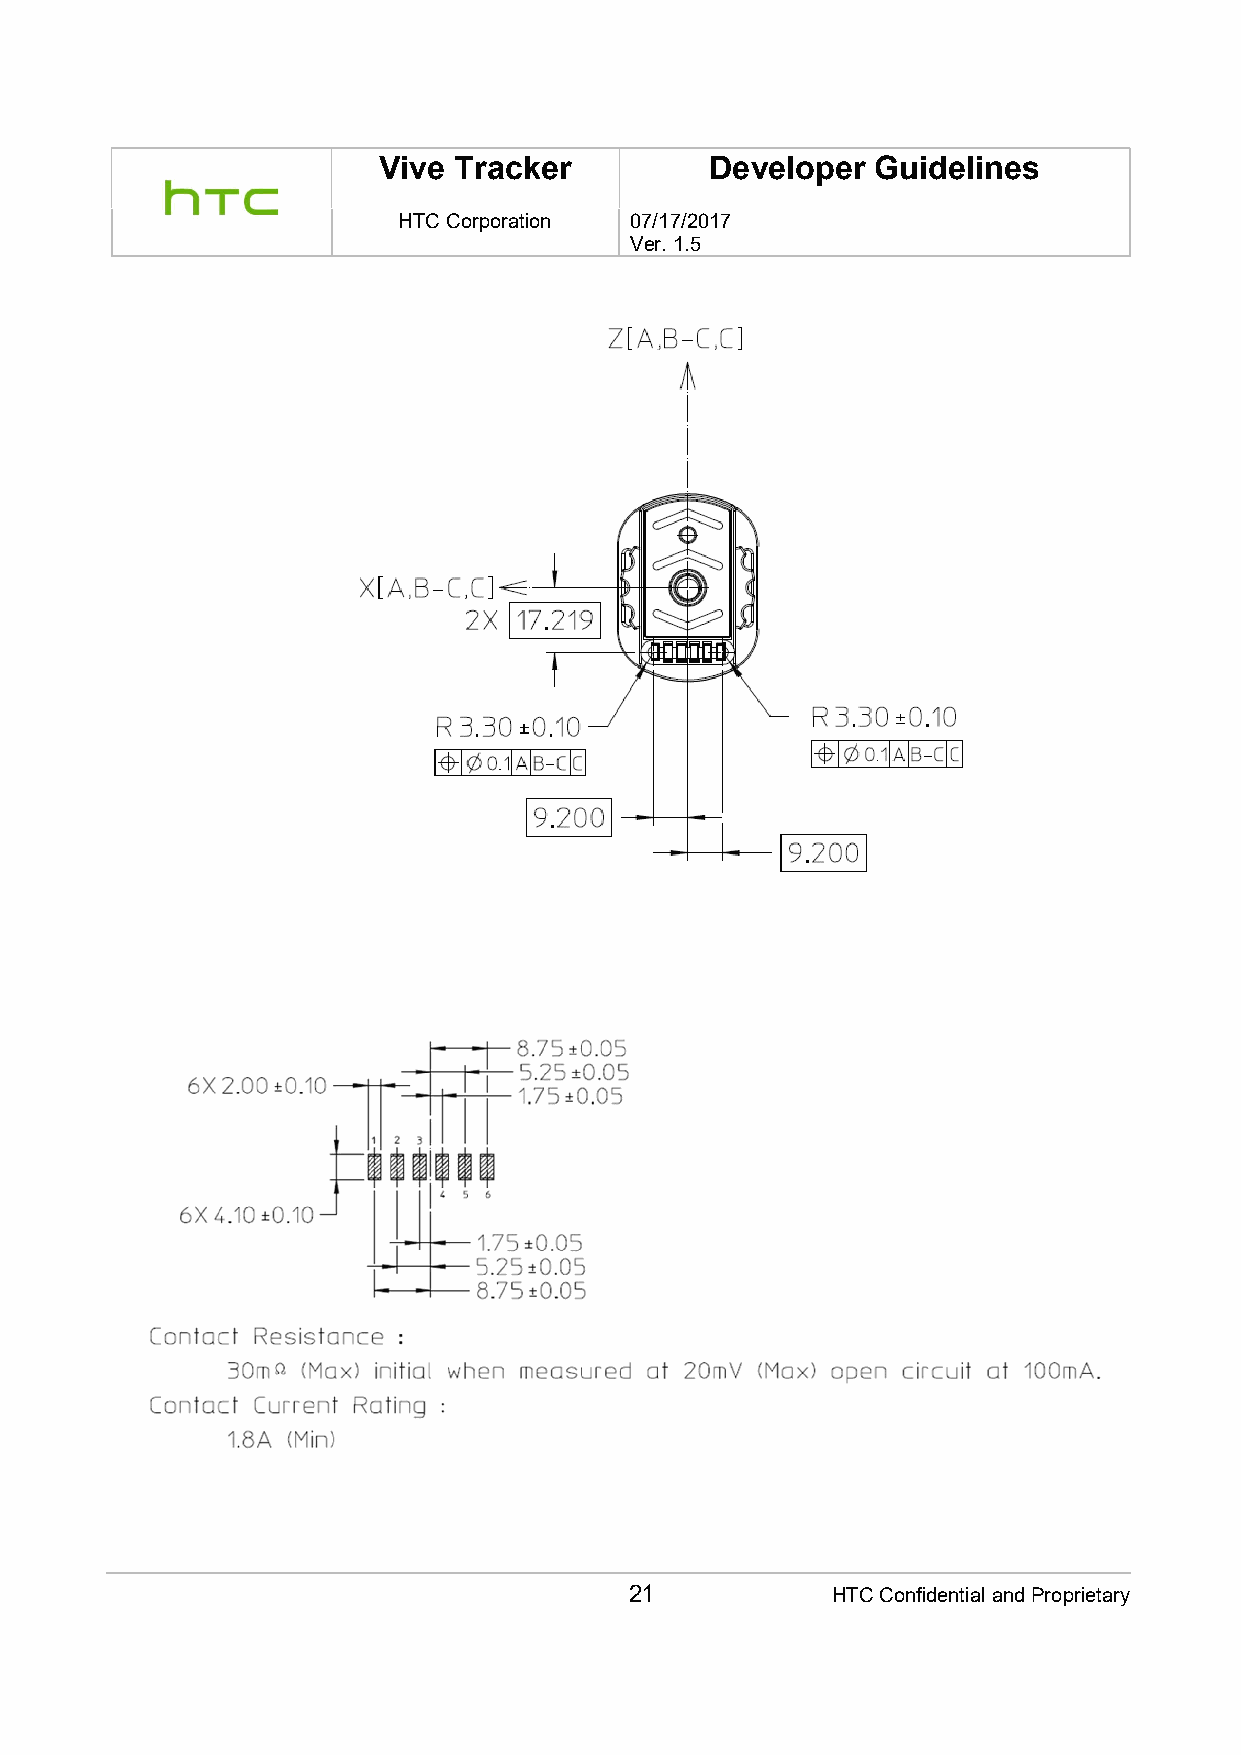
Vive Tracker          Developer  Guidelines
 HTC Corporation 07/17/2017
 Ver. 1.5
 21           HTC Confidential and Proprietary